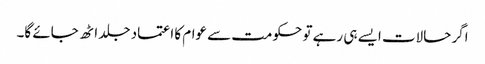
اگر حالات ایسے ہی رہے تو حکومت سے عوام کا اعتماد جلد اٹھ جائے گا۔